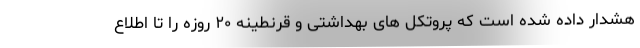
هشدار داده شده است که پروتکل های بهداشتی و قرنطینه ۲۰ روزه را تا اطلاع